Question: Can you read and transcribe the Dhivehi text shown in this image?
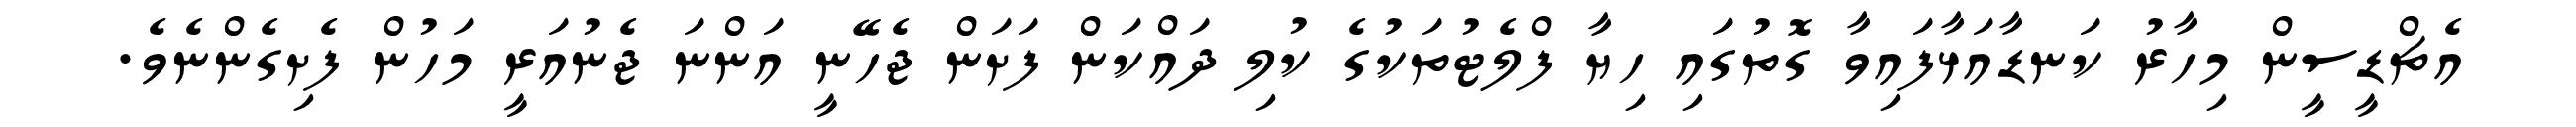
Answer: އެޗްޑީސީން މިހާރު ކަނޑާއަޅާފައިވާ ގޮތުގައި ހިޔާ ފްލެޓުތަކުގެ ކުލި ދައްކަން ފަށަން ޖެހޭނީ އަންނަ ޖެނުއަރީ މަހުން ފެށިގެންނެވެ.